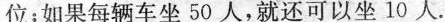
位；如果每辆车坐50人，就还可以坐10人.